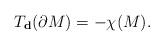
LaTeX: \begin{align*}T_{\mathbf{d}} (\partial M) = -\chi(M) .\end{align*}